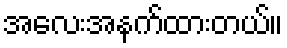
အလေးအနက်ထားတယ်။